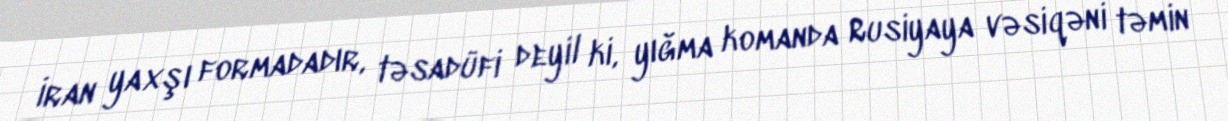
İran yaxşı formadadır, təsadüfi deyil ki, yığma komanda Rusiyaya vəsiqəni təmin